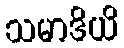
သမာဒိယိ